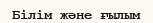
Бiлiм және ғылым